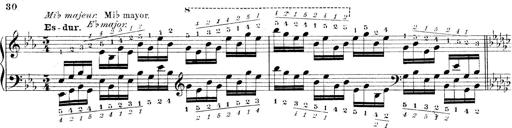
Title: Technische Studien
Composer: Franz Liszt